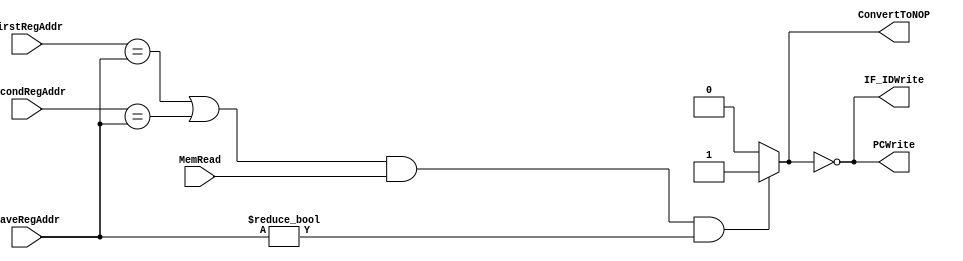
module HazardDetectionUnit(
	MemRead,
	FirstRegAddr,
	SecondRegAddr,
	SaveRegAddr,
	ConvertToNOP,
	IF_IDWrite,
	PCWrite
);

	input				MemRead;
	input		[4:0]	FirstRegAddr;
	input		[4:0]	SecondRegAddr;
	input		[4:0]	SaveRegAddr;
	
	output wire			ConvertToNOP;
	output wire			IF_IDWrite;
	output wire			PCWrite; 

	assign	ConvertToNOP = (((FirstRegAddr == SaveRegAddr)|(SecondRegAddr == SaveRegAddr)) & MemRead & SaveRegAddr != 0) ? 1'b1 : 1'b0;
	assign	IF_IDWrite = !ConvertToNOP;
	assign	PCWrite = IF_IDWrite;

endmodule